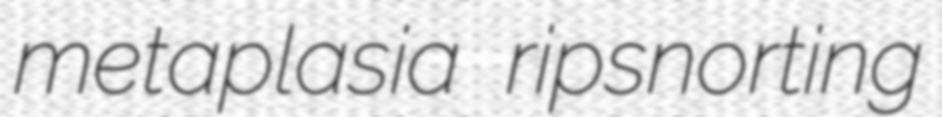
metaplasia ripsnorting